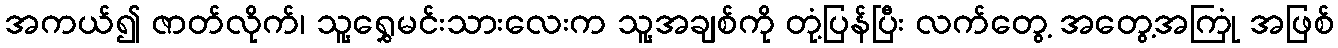
အကယ်၍ ဇာတ်လိုက်၊ သူ့ရွှေမင်းသားလေးက သူ့အချစ်ကို တုံ့ပြန်ပြီး လက်တွေ့ အတွေ့အကြုံ အဖြစ်